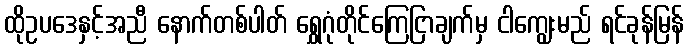
ထိုဥပဒေနှင့်အညီ နောက်တစ်ပါတ် ရွှေဂုံတိုင်ကြေငြာချက်မှ ငါကျွေးမည် ရင်ခုန်မြန်